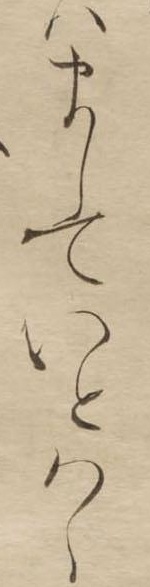
はましていとはゝ